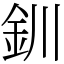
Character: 釧